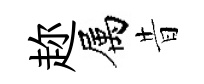
趂属昔